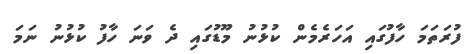
ފުރަތަމަ ހާފުގައި އަހަރެމެން ކުޅުނު މޫޑުގައި ދެ ވަނަ ހާފު ކުޅުނު ނަމަ